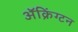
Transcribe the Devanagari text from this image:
ॲक्रिंग्टन